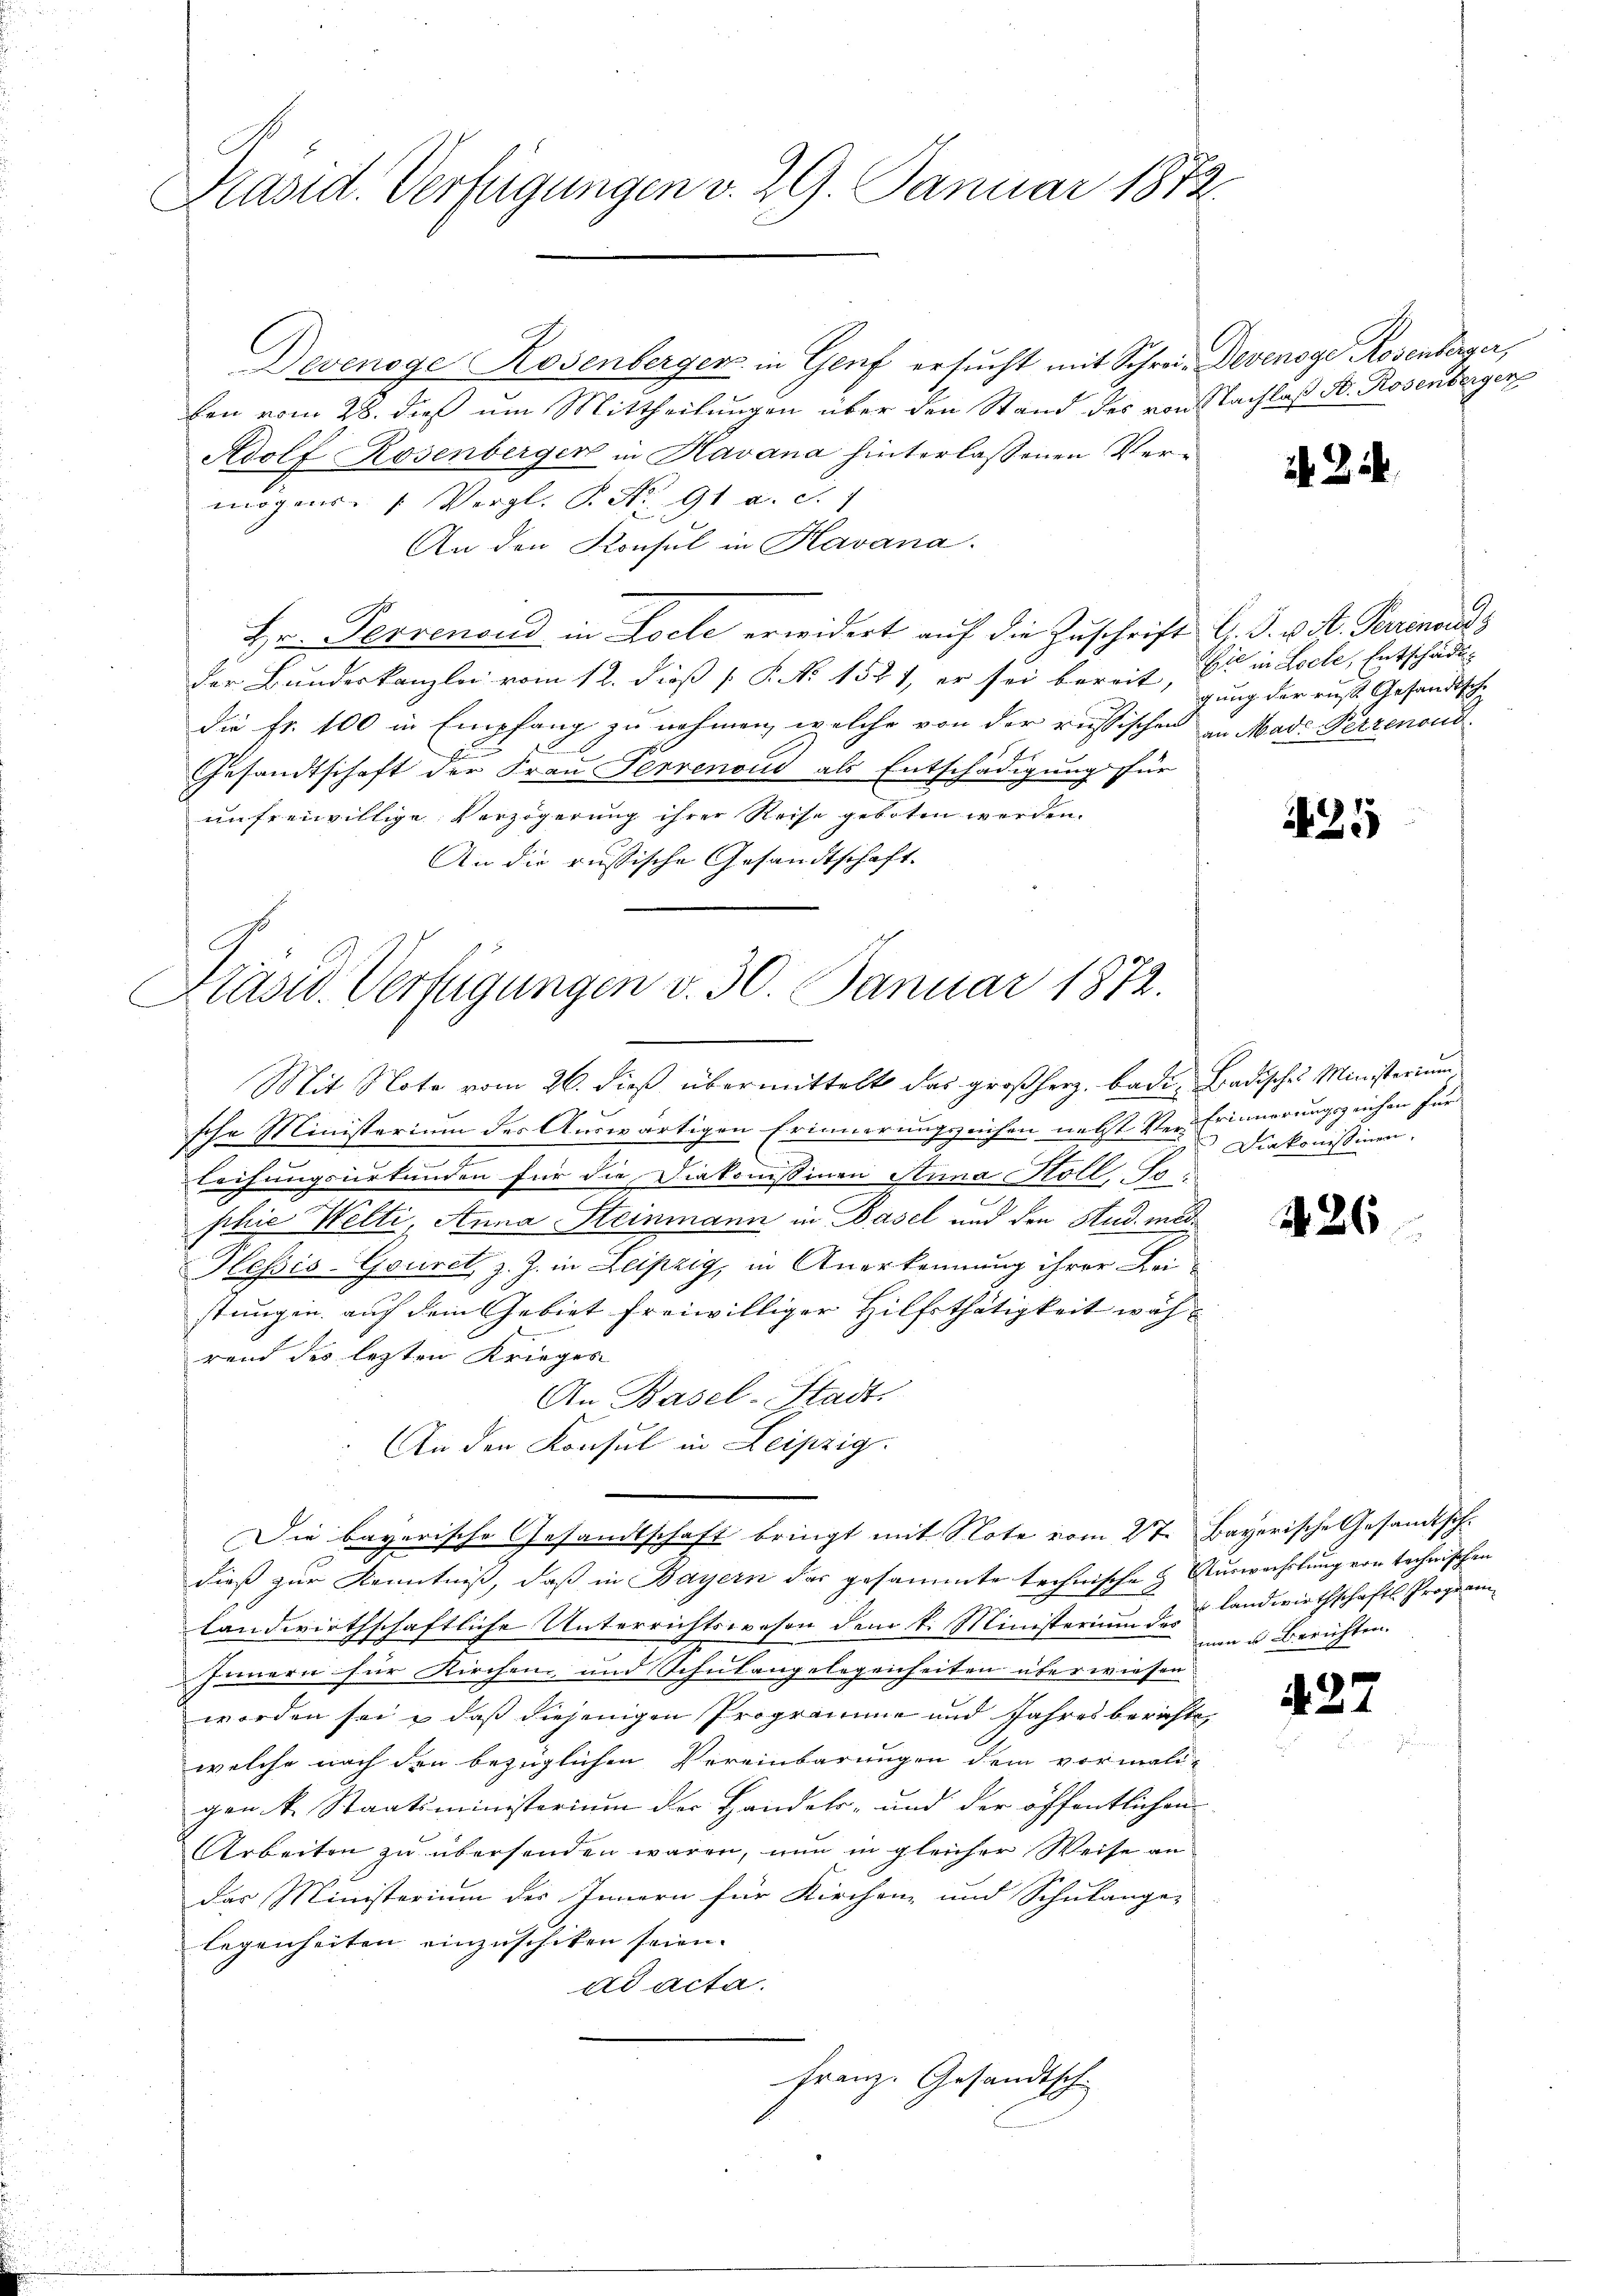
Präsid. Verfügungen v. 29. Januar 1872.

Devenoge Rosenberger in Genf ersucht mit Schrei. Devenoge Rosenberger,
ben vom 28. dieß um Mittheilungen über den Stand des von Nachlaß A. Rosenberger
Adolf Rosenberger in Havana hinterlassenen Vermögens- 1. Vergl. P. Nr. 91 a. S.
An den Konsul in Havana.
Hr. Perrenoud in Loele erwidert auf die Zuschrift G. P. v. M. Parenards
der Bundeskanzlei vom 12. dieß [ P. N. 1521, er sei bereit, Er in Loele, Entschädt-
die fr. 100 in Empfang zu nehmen, welche von der russischen in Made Perrenoud¬
.
Gesandtschaft der Frau Perrenoud als Entschädigung für
unfreiwillige Verzögerung ihrer Reise geboten werden.
An die russische Gesandtschaft.

Präsid. Verfügungen v. 30. Januar 1872.

Mit Note vom 26. dieß übermittelt das großherz, bade badisches Ministerium
sche Ministerium des Auswärtigen Erinnerungszeichen nebst Ver- Erinnerungszeichen für
n
leihungsurkunden für die Diakomissinen Sina Koll. Fr
phie Welti, Anna Steinmann in Basel und den Stud. med¬
Hessis-Gouret, z. J. in Leipzig, in Anerkennung ihrer Lei
stungen auf dem Gebiet freiwilliger Hilfsthätigkeit während des lezten Krieges
An Basel-Stadts
An den Konsul in Leipzig.
dieß zur Kenntniß, daß in Bayern das gesammte technische & Auswachslung von technischen
landwirthschaftliche Unterrichtswesen dem k. Ministerium des Landwirthschaftl. Properin
Innern für Kirchen und Schulangelegenheiten überwiesen.
worden sei, daß diejenigen Programme und Jahresberichte
welche nach den bezüglichen Vereinbarungen dem vormali-
gen k. Staatsministerium der Handels- und der öffentlichen
Arbeiten zu übersenden wären, nun in gleicher Weise an
das Ministerium des Innern für Kirchen- und Schulange-
legenheiten einzuschiken seien.
ad acta.
Franz. Gesandtsch

Die bayerische Gesandtschaft bringt mit Note vom 27. Bayerische Gesandtsch-

i Zi

gung der rust Gesandtsche

425

Diakonistinen.

426

man u. Berichten.